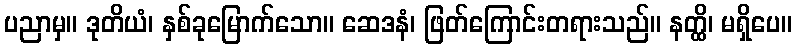
ပညာမှ။ ဒုတိယံ၊ နှစ်ခုမြောက်သော။ ဆေဒနံ၊ ဖြတ်ကြောင်းတရားသည်။ နတ္ထိ၊ မရှိပေ။